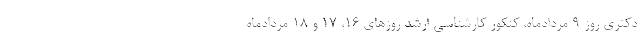
دکتری روز ۹ مردادماه، کنکور کارشناسی ارشد روزهای ۱۶، ۱۷ و ۱۸ مردادماه